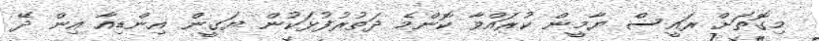
މިގޮތަށް ރައީސް ޔާމީން ކުރައްވާ ކޮންމެ ދަތުރުފުޅަކުން ޔަޤީން އިންޑިއާ އިން ދޭ